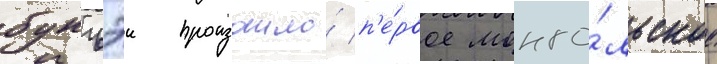
бунъэи произошло́ п'е́рвое монго́льское